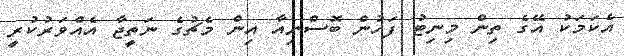
އެކަމަކު އޭގެ ތިން މިނިޓު ފަހުން ބޮސްނިއާ އިން މެޗުގެ ނަތީޖާ އެއްވަރުކުރީ